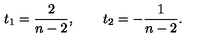
t _ { 1 } = { \frac { 2 } { n - 2 } } , \qquad t _ { 2 } = - { \frac { 1 } { n - 2 } } .